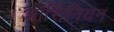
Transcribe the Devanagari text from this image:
ऑर्सिनियन